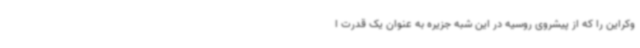
وکراین را که از پیشروی روسیه در این شبه‌ جزیره به عنوان یک قدرت ا